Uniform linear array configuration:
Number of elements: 24
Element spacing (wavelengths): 0.5
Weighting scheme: kaiser
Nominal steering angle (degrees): -60
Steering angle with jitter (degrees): -59.399
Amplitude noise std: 0.05
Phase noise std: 0.05

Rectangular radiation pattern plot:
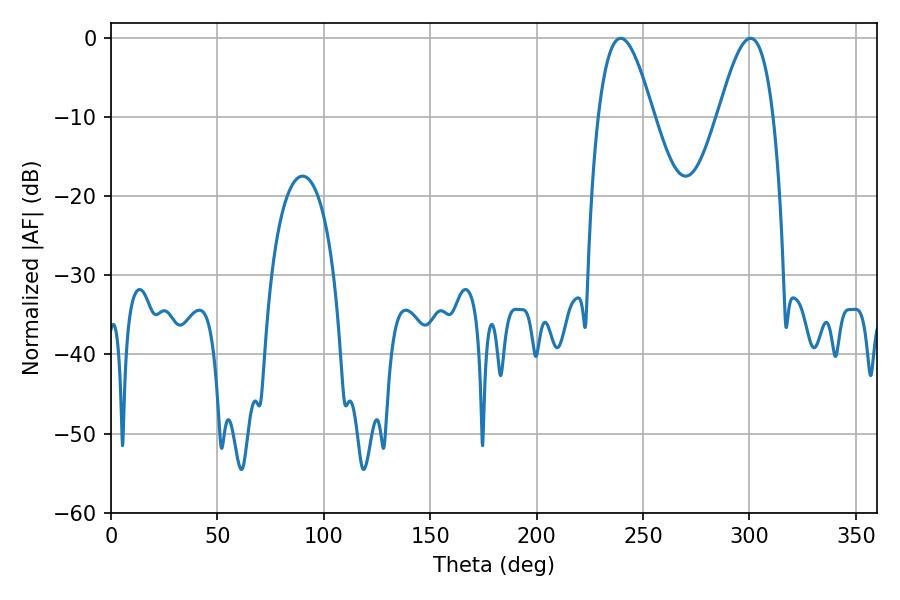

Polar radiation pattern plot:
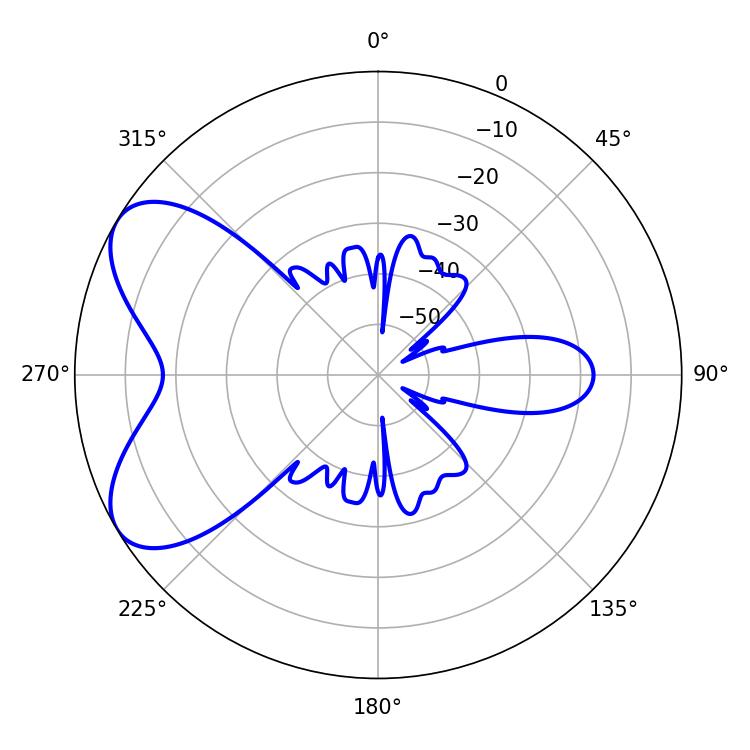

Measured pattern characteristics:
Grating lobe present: FALSE
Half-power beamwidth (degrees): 14.04
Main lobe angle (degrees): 239.4